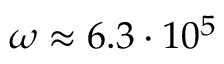
\omega \approx 6 . 3 \cdot 1 0 ^ { 5 }